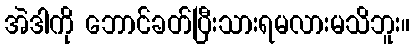
အဲဒါကို ဘောင်ခတ်ပြီးသားရမလားမသိဘူး။